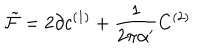
{ \tilde { \cal F } } = 2 \partial c ^ { ( 1 ) } + \frac { 1 } { 2 \pi \alpha ^ { \prime } } C ^ { ( 2 ) }